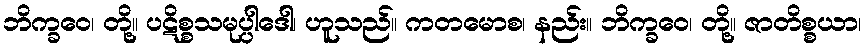
ဘိက္ခဝေ၊ တို့။ ပဋိစ္စသမုပ္ပါဒေါ၊ ဟူသည်။ ကတမောစ၊ နည်း။ ဘိက္ခဝေ၊ တို့။ ဇာတိစ္စယာ၊